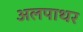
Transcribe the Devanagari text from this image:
अलपाथर